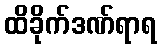
ထိခိုက်ဒဏ်ရာရ